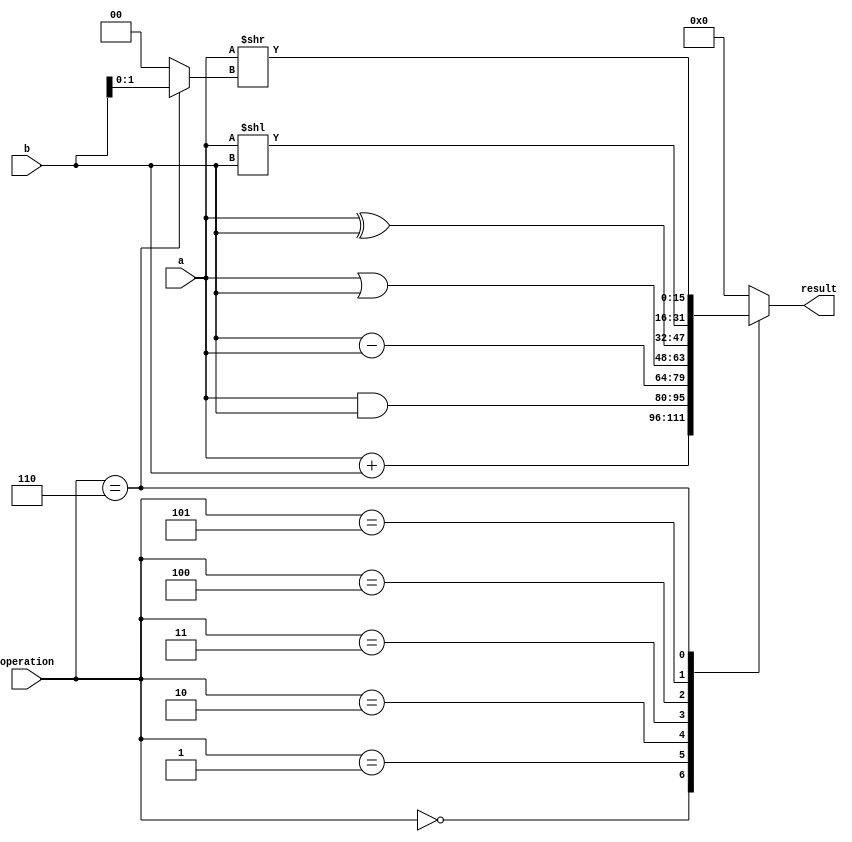
`timescale 1ns / 1ps

module ALUtry
 (    
      input [2:0] operation,     // ALU operation 
		input signed [15:0] a,     //first  
      input signed [15:0] b,     //second    
      output reg[15:0] result   // result of ALU
 );   
	 
	 reg [1:0] shift_amt;
	  
	 always @(operation, a, b)  begin
		case(operation)   
		
			3'b000: result = a + b; // add  
			3'b001: result = a & b; // and
			3'b010: result = b - a; // sub  
			3'b011: result = a | b; // or  
			3'b100: result = a ^ b; //xor
			3'b101: result = a << b; // sll
			3'b110: result = a >> shift_amt; // srl
		 
			default: result = 16'b0;
	
	  endcase  	
  
	end	
		always @(b) begin
			case (operation)
				3'b110: shift_amt = b[1:0];   // assign shift amount for srl
				default: shift_amt = 0;       // default shift amount
			endcase
	end
 
 endmodule